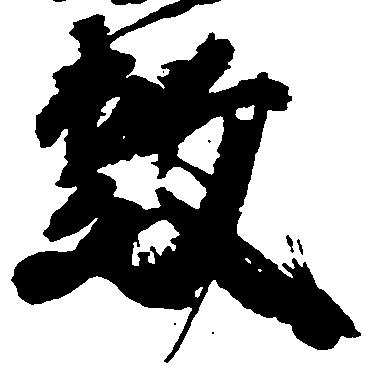
敷